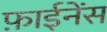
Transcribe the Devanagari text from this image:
फ़ाईनेंस